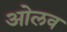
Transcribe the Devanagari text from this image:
ओलव